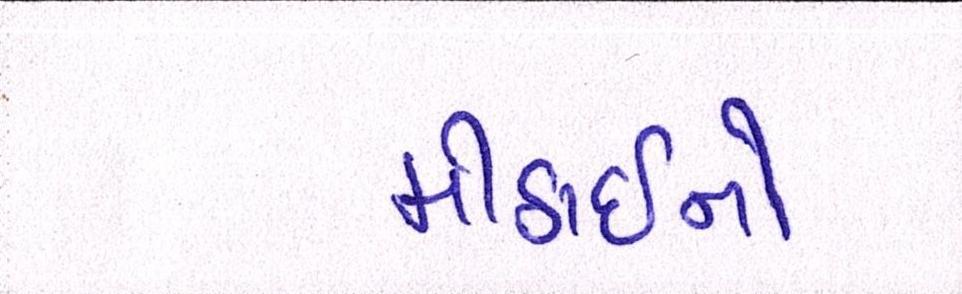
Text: મીઠાઈનો